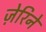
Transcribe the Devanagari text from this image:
ज़ेरिने